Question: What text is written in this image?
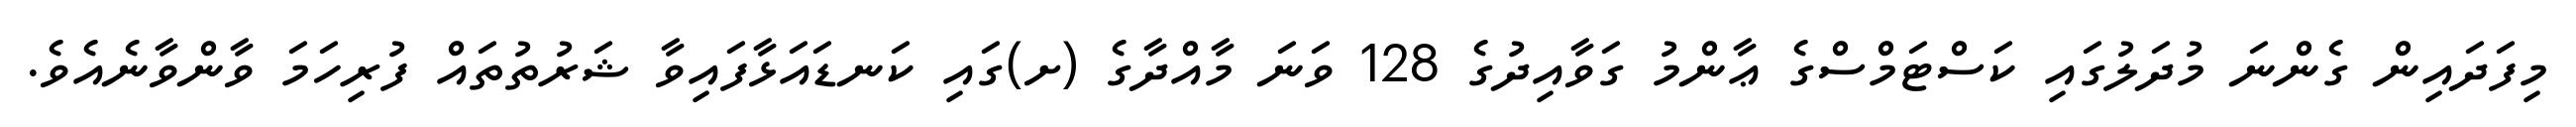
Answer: މިފަދައިން ގެންނަ މުދަލުގައި ކަސްޓަމްސްގެ ޢާންމު ގަވާއިދުގެ 128 ވަނަ މާއްދާގެ (ށ)ގައި ކަނޑައަޅާފައިވާ ޝަރުތުތައް ފުރިހަމަ ވާންވާނެއެވެ.